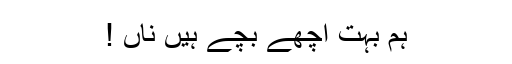
ہم بہت اچھے بچے ہیں ناں !